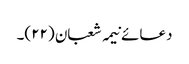
دعائے نیمہ شعبان (۲۲)۔